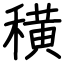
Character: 穔